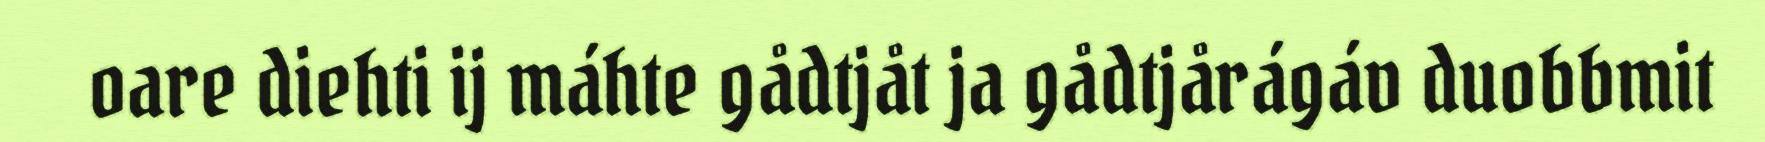
oare diehti ij máhte gådtjåt ja gådtjårágáv duobbmit